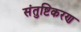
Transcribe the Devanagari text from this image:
संतुष्टिकरण